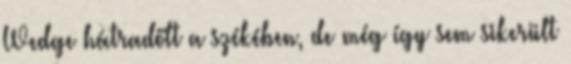
Wedge hátradőlt a székében, de még így sem sikerült